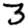
Digit: 3